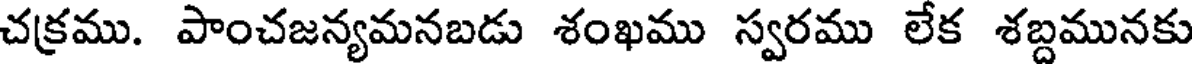
చక్రము. పాంచజన్యమనబడు శంఖము స్వరము లేక శబ్దమునకు